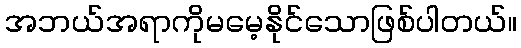
အဘယ်အရာကိုမမေ့နိုင်သောဖြစ်ပါတယ်။